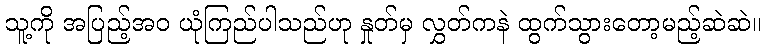
သူ့ကို အပြည့်အဝ ယုံကြည်ပါသည်ဟု နှုတ်မှ လွှတ်ကနဲ ထွက်သွားတော့မည့်ဆဲဆဲ။